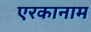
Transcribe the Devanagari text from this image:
एरकानाम